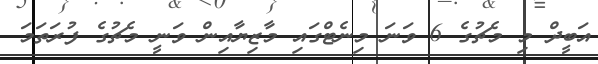
އަބީދް މި މެޗުގެ 6 ވަނަ މިނެޓްގައި މާޒިޔާއިން ވަނީ މެޗުގެ ފުރަތަމަ